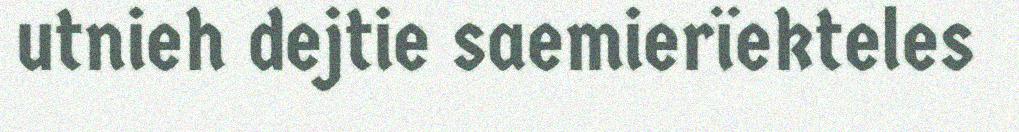
utnieh dejtie saemierïekteles